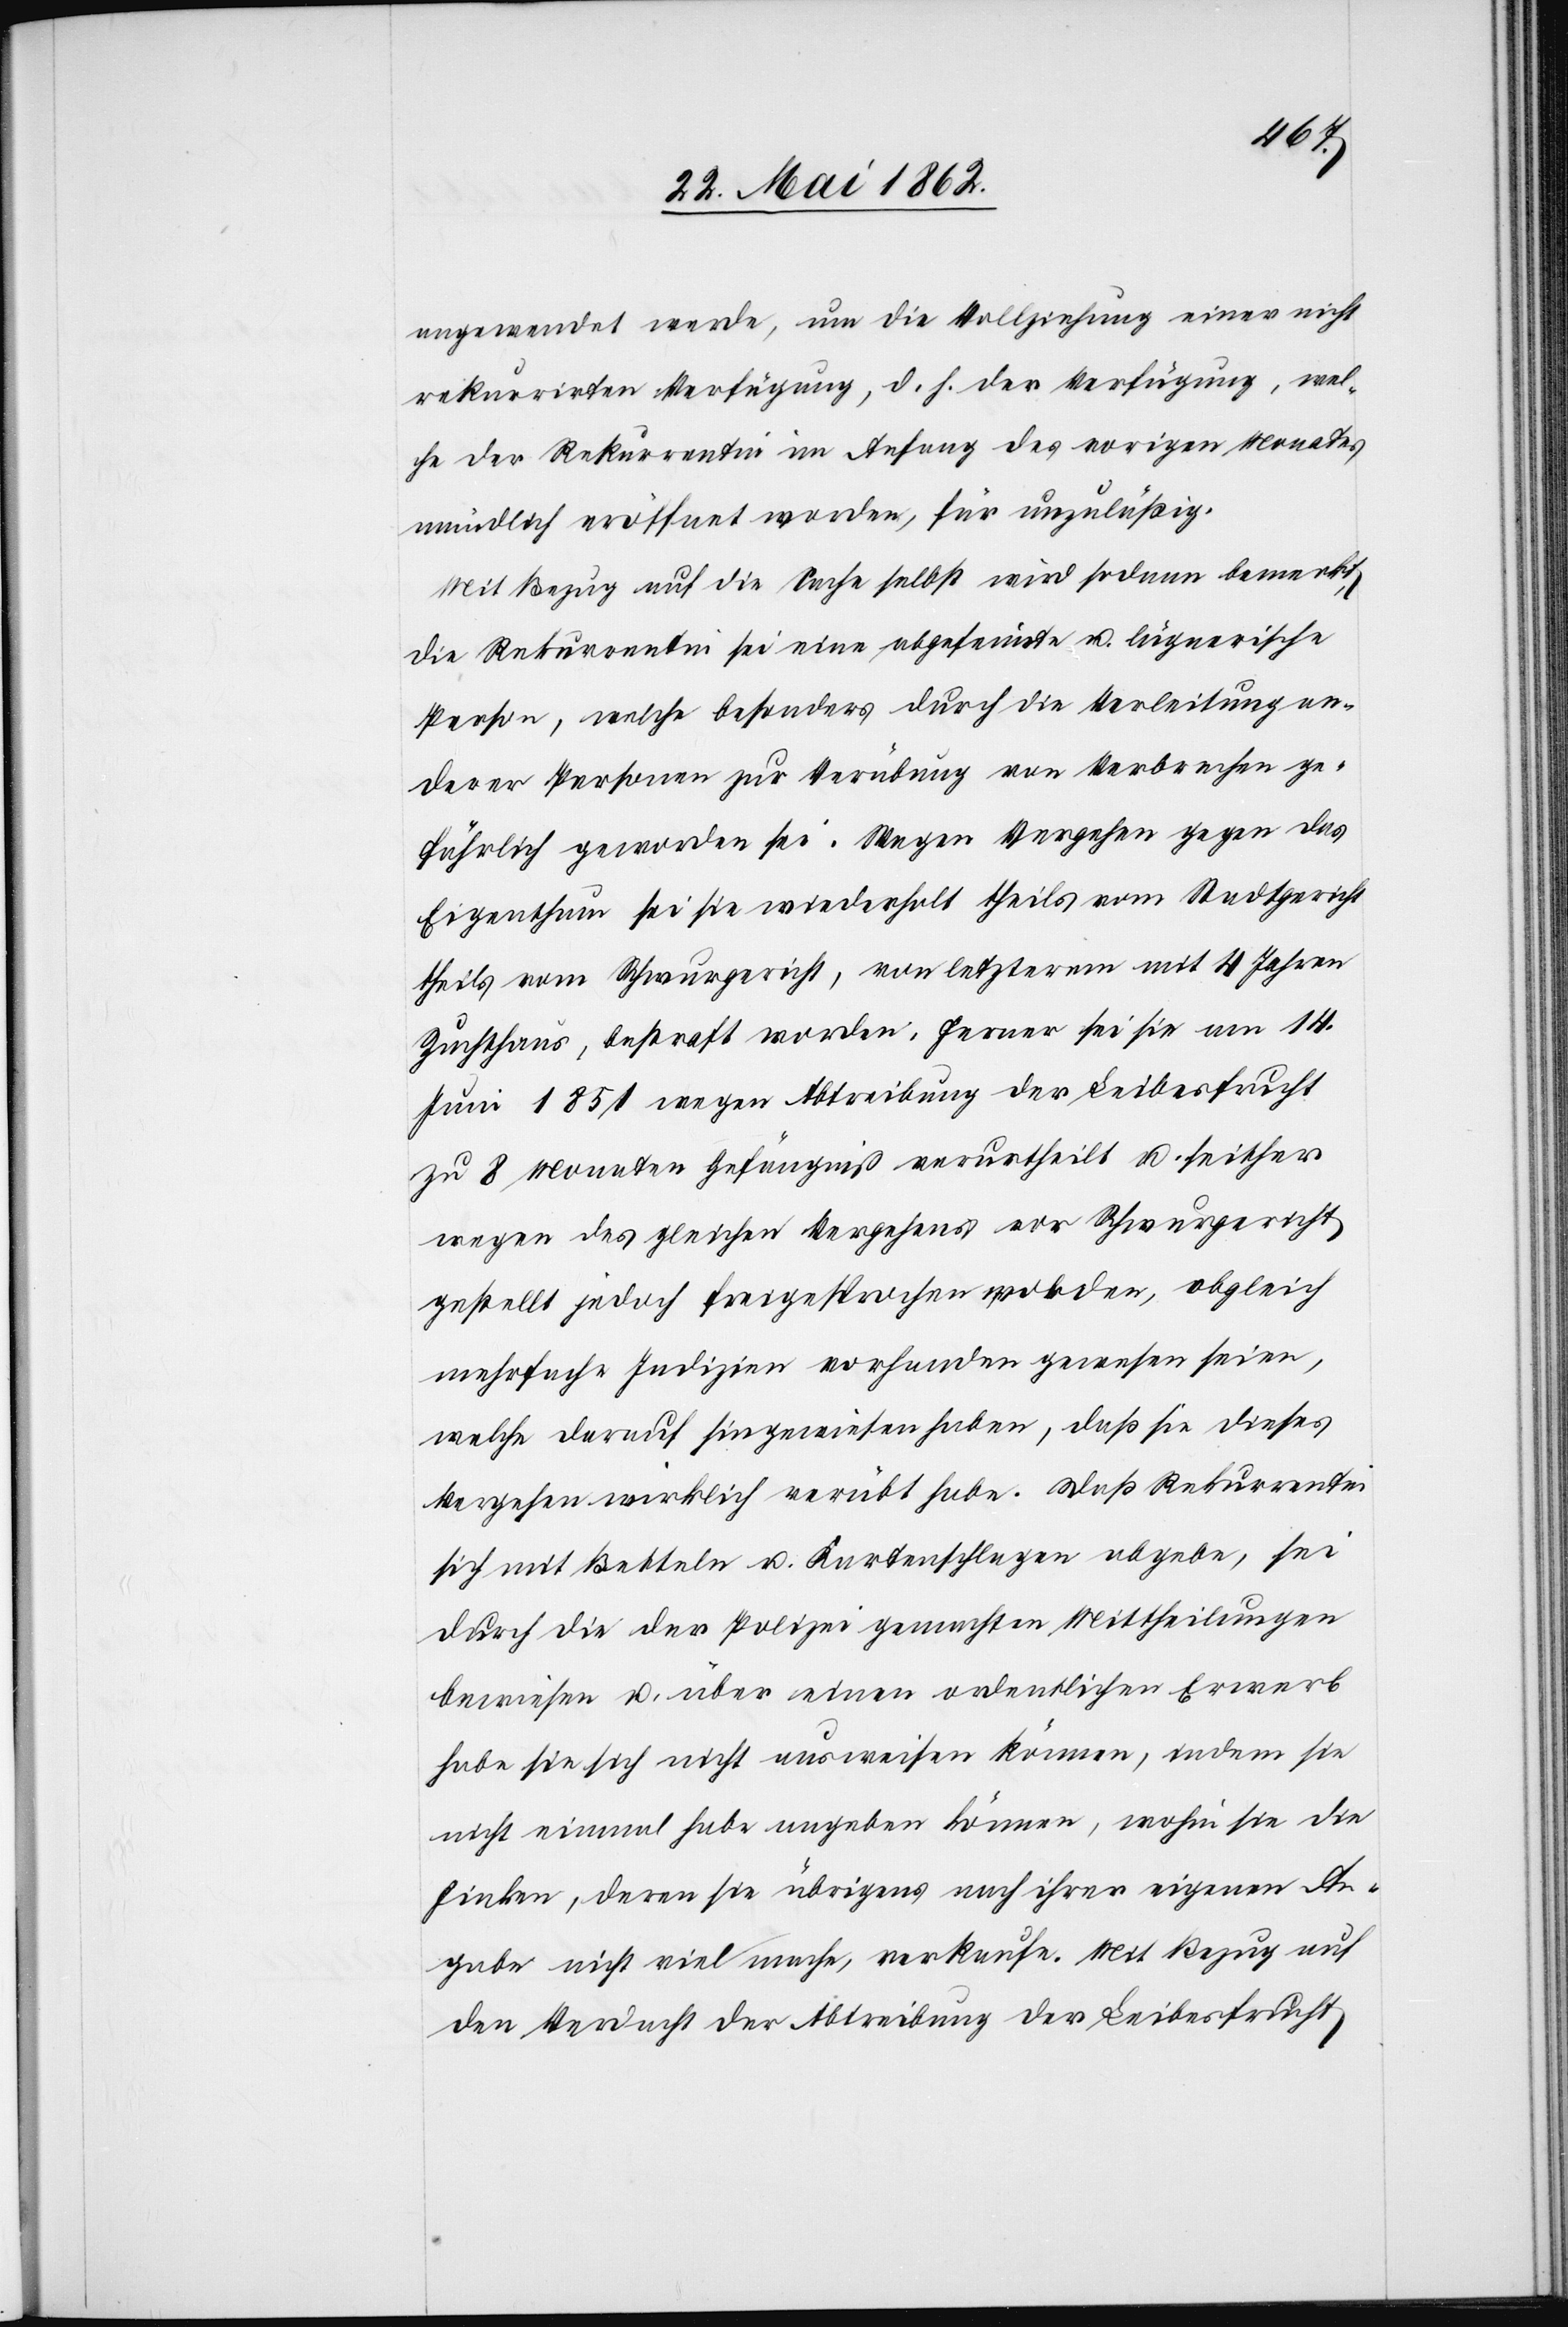
angewendet werde, um die Vollziehung einer nicht
rekurrirten Verfügung, d. h. der Verfügung, wel¬
che der Rekurrentin im Anfang des vorigen Monates
mündlich eröffnet worden, für unzuläßig.
Mit Bezug auf die Sache selbst wird sodann bemerkt,
die Rekurrentin sei eine abge[?] u. lügnerische
Person, welche besonders durch die Verleitung an¬
derer Personen zur Verübung von Verbrechen ge¬
fährlich geworden sei. Wegen Vergehen gegen das
Eigenthum sei sie wiederholt theils vom Stadtgericht
theils vom Schwurgericht, von letzterem mit 4 Jahren
Zuchthaus, bestraft worden. Ferner sei sie am 14.
Juni 1851 wegen Abtreibung der Leibesfrucht
zu 8 Monaten Gefängniß verurtheilt u. seither
wegen des gleichen Vergehens vor Schwurgericht
gestellt jedoch freigesprochen worden, obgleich
mehrfache Indizien vorhanden gewesen seien,
welche darauf hingewiesen haben, daß sie dieses
Vergehen wirklich verübt habe. Daß Rekurrentin
sich mit Betteln u. Kartenschlagen abgebe, sei
durch die der Polizei gemachten Mittheilungen
bewiesen u. über einen ordentlichen Erwerb
habe sie sich nicht ausweisen können, indem sie
nicht einmal habe angeben können, wohin sie die
Finken, deren sie übrigens nach ihrer eigenen An¬
gabe nicht viel mache, verkaufe. Mit Bezug auf
den Verdacht der Abtreibung der Leibesfrucht